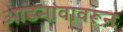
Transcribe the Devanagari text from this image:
आडनांवावरून